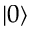
| 0 \rangle